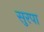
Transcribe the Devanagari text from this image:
सुरपा